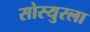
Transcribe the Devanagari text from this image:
सोस्युरला